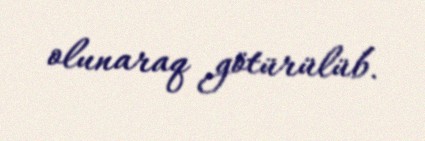
olunaraq götürülüb.